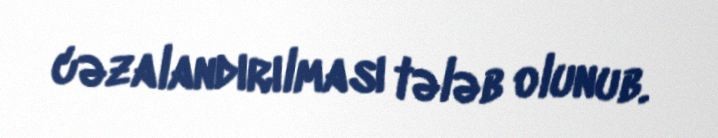
cəzalandırılması tələb olunub.